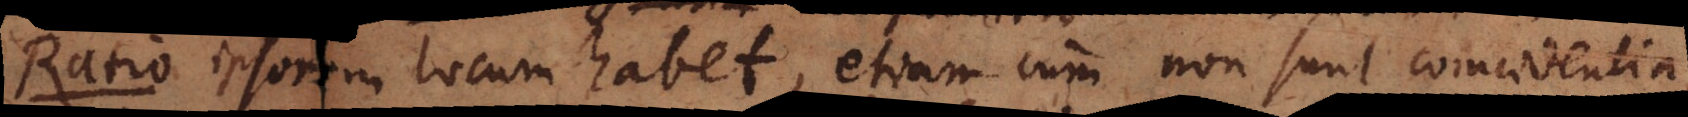
Ratio inform locum habet, etiam cum non sunt coincidentia,